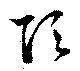
頂